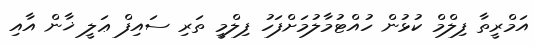
އަމްރީތާ ފިލްމް ކުޅުން ހުއްޓުމާލުމަށްފަހު ފިލްމީ ތަރި ސައިފް ޢަލީ ޚާން އާއި